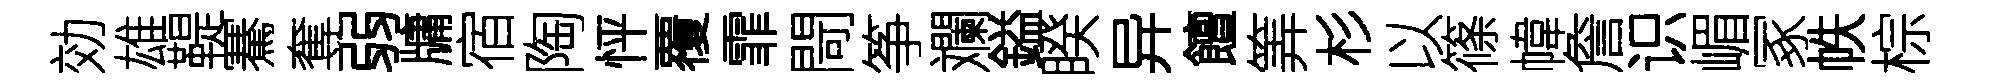
効雄鞮騫奪弱牗宿陶怦覆霏閜筝斕鎰睽异饘筭杉以篠幃詹识嵋冢帙棕